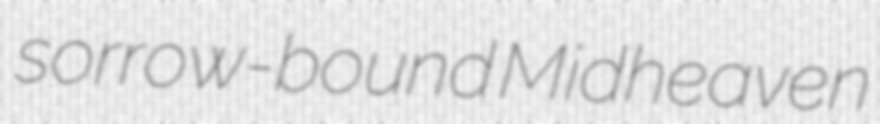
sorrow-bound Midheaven